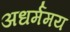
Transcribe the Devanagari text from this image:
अधर्ममय